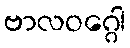
ဗာလဝဂ္ဂေါ